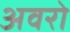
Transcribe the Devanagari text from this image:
अवरो